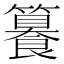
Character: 籑